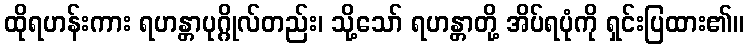
ထိုရဟန်းကား ရဟန္တာပုဂ္ဂိုလ်တည်း၊ သို့သော် ရဟန္တာတို့ အိပ်ရပုံကို ရှင်းပြထား၏။